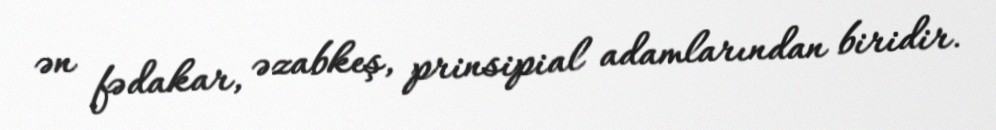
ən fədakar, əzabkeş, prinsipial adamlarından biridir.